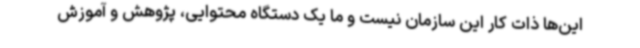
این‌ها ذات کار این سازمان نیست و ما یک دستگاه محتوایی، پژوهش و آموزش